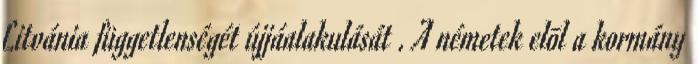
Litvánia függetlenségét újjáalakulását . A németek elõl a kormány